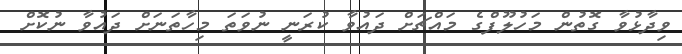
ވިދާޅުވާ ގޮތުން މަހުލޫފްގެ މައްޗަށް ދައުވާ ކުރަނީ ނުވަތަ މިހާތަނަށް ދައުވާ ނުކޮށް